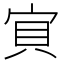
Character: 𱚇